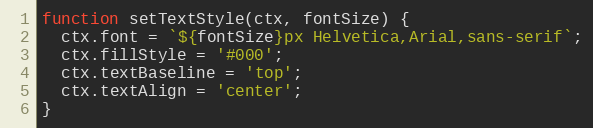
Language: JavaScript
function setTextStyle(ctx, fontSize) {
  ctx.font = `${fontSize}px Helvetica,Arial,sans-serif`;
  ctx.fillStyle = '#000';
  ctx.textBaseline = 'top';
  ctx.textAlign = 'center';
}